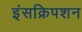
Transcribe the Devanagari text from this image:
इंसक्रिपशन